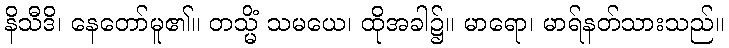
နိသီဒိ၊ နေတော်မူ၏။ တသ္မိံ သမယေ၊ ထိုအခါ၌။ မာရော၊ မာရ်နတ်သားသည်။